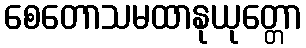
စေတောသမထာနုယုတ္တော